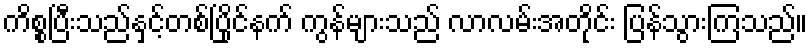
ကိစ္စပြီးသည်နှင့်တစ်ပြိုင်နက် ကွန်များသည် လာလမ်းအတိုင်း ပြန်သွားကြသည်။